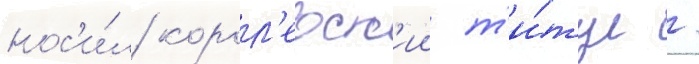
нос'и́л корол'евск'ии т'и́тул /